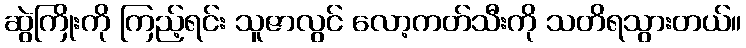
ဆွဲကြိုးကို ကြည့်ရင်း သူဇာလွင် လော့ကတ်သီးကို သတိရသွားတယ်။